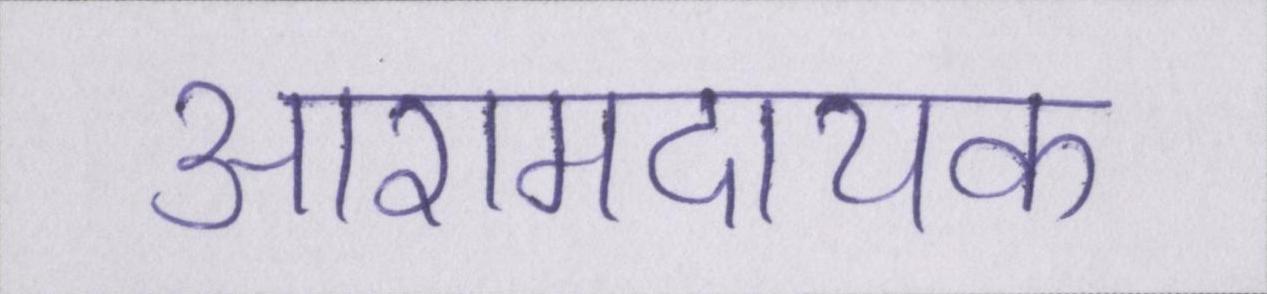
आरामदायक